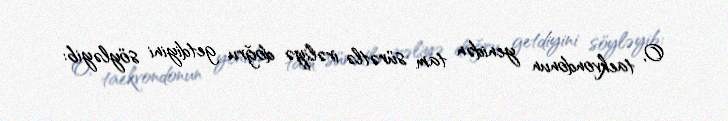
O, taekvondonun yenidən tam sürətlə irəliyə doğru getdiyini söyləyib: